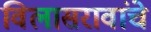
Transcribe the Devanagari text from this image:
विलासरावांचे